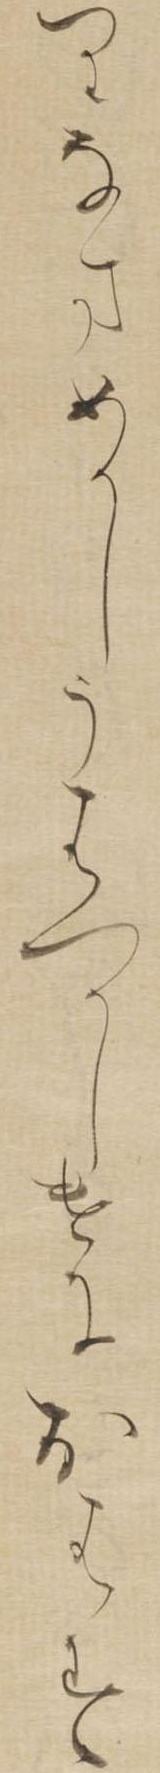
りなまめかしうはつかしけにおはす